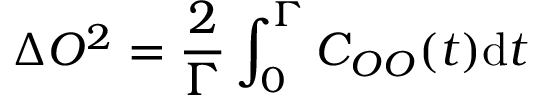
\Delta O ^ { 2 } = \frac { 2 } { \Gamma } \int _ { 0 } ^ { \Gamma } C _ { O O } ( t ) \mathrm { d } t